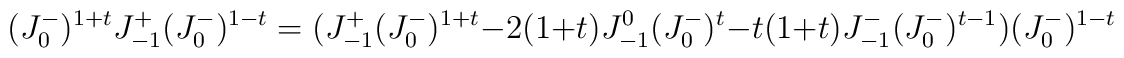
(J^-_0)^{1+t} J^+_{-1} (J^-_0)^{1-t} =(J^+_{-1} (J^-_0)^{1+t}-2(1+t)J^0_{-1}(J^-_0)^{t}-t(1+t)J^-_{-1} (J^-_0)^{t-1})(J^-_0)^{1-t}